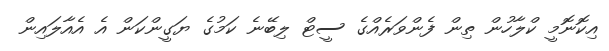
އިކޮނޮމީ ކްލާހުން ތިން ފެންވަރެއްގެ ސީޓް ލިބޭނެ ކަމުގެ ޔަގީންކަން އެ އެއާލައިން